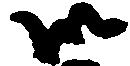
御